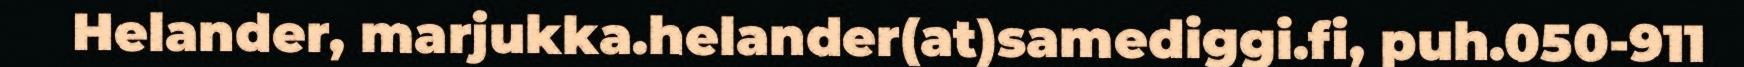
Helander, marjukka.helander(at)samediggi.fi, puh.050-911